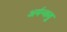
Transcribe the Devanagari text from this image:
अर्यन्कवु